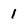
Character: 1